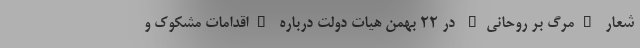
شعار "مرگ بر روحانی" در ۲۲ بهمن هیات دولت درباره "اقدامات مشکوک و